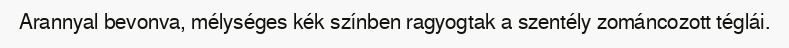
Arannyal bevonva, mélységes kék színben ragyogtak a szentély zománcozott téglái.